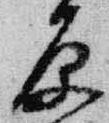
原